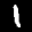
Label: 1